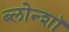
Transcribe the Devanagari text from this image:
ब्लोन्शॉ